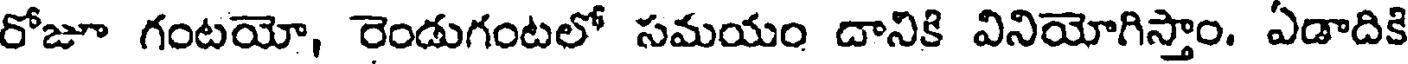
రోజూ గంటయో, రెండుగంటలో సమయం దానికి వినియోగిస్తాం. ఏడాదికి